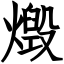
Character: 燬